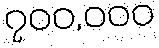
၇၀၀,၀၀၀